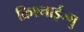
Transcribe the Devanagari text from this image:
क्रिश्नाईज्मु